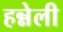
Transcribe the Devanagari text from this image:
हन्नेली